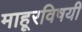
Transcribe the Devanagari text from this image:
माहूरविषयी